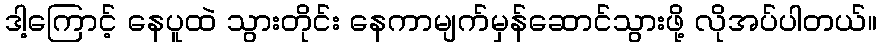
ဒါ့ကြောင့် နေပူထဲ သွားတိုင်း နေကာမျက်မှန်ဆောင်သွားဖို့ လိုအပ်ပါတယ်။